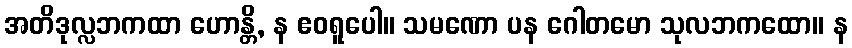
အတိဒုလ္လဘကထာ ဟောန္တိ, န ဧဝရူပေါ။ သမဏော ပန ဂေါတမော သုလဘကထော။ န